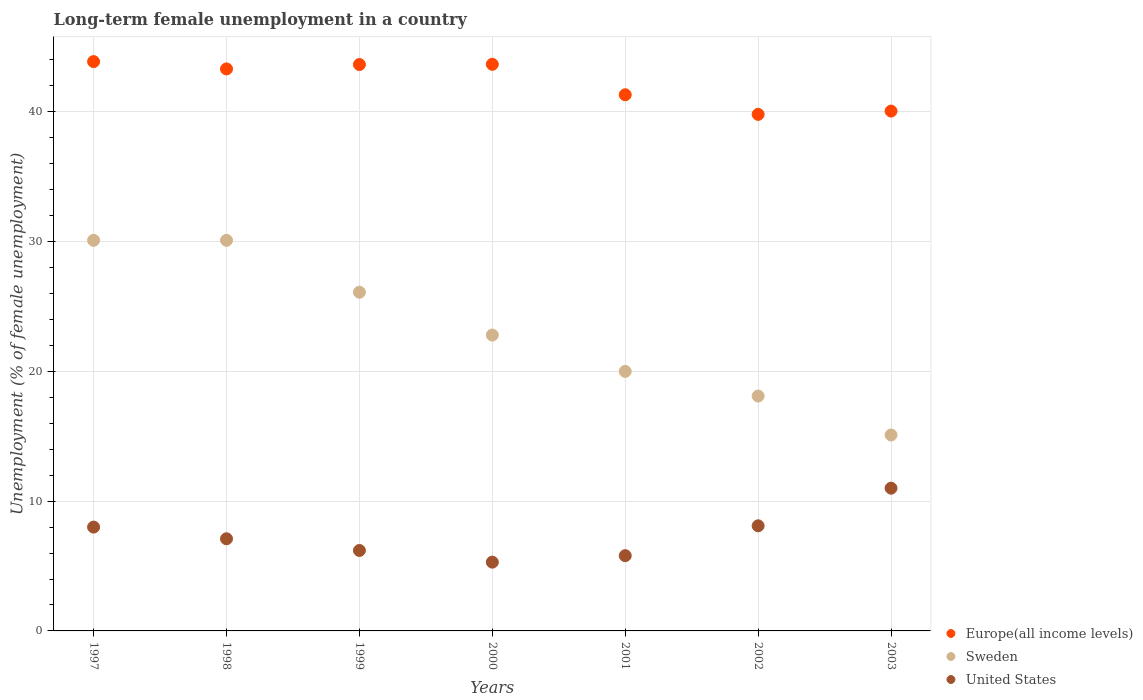
| Years | Europe(all income levels) | Sweden | United States |
 | --- | --- | --- | --- |
 | 1997 | 43.9 | 30.1 | 8 |
 | 1998 | 43.3 | 30.1 | 7.1 |
 | 1999 | 43.6 | 26.1 | 6.2 |
 | 2000 | 43.7 | 22.8 | 5.3 |
 | 2001 | 41.3 | 20 | 5.8 |
 | 2002 | 39.8 | 18.1 | 8.1 |
 | 2003 | 40.1 | 15.1 | 11 |